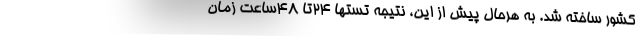
کشور ساخته شد. به هرحال پیش از این، نتیجه تستها ۲۴تا ۴۸ساعت زمان